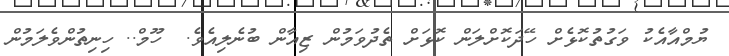
ޔުމްއާއެކު ވަގުތުކޮޅެށް ހޭދަކޮށްލަން ކޮޅަށް ތެދުވަމުން ޒިއާން ބުނެލިއެވެ.  ހޫމް.. ހިނިތުންވެލަމުން